Civil Veterinary Department Bihar & Orissa reports 1929-36 - 1929-1936
Year: 1929
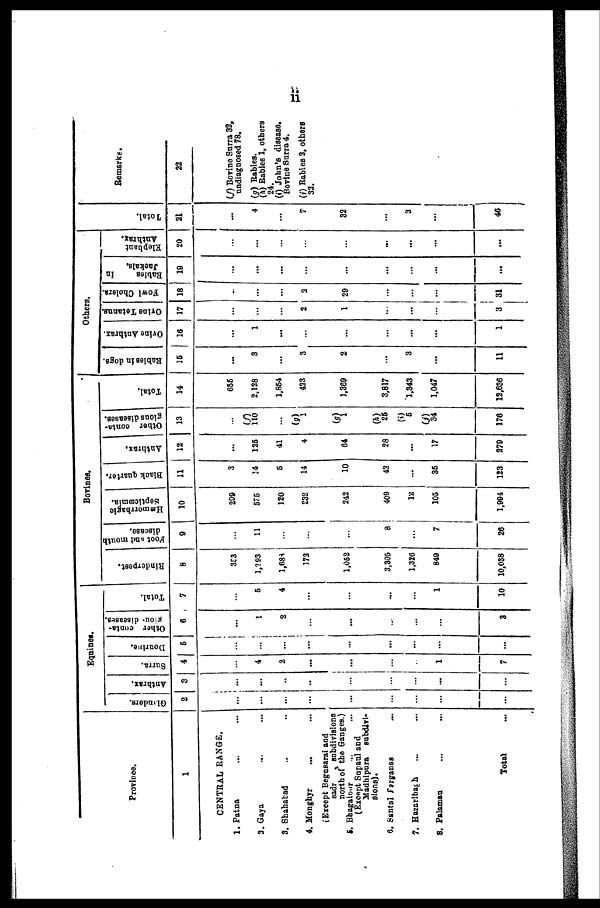
ii
Province.
1
CENTRAL RANGE.
1. Patna ... ...
2. Gaya ... ...
3. Shahabad ... ...
4. Monghyr ... ...
(Except Begusarai and
sadr subdivisions
north of the Ganges.)
5. Bhagalpur ... ...
(Escept Supaul and
Madhipura subdivi-
sions).
6. Santal Farganas ...
7. Hazaribagh ... ...
8. Palamau ... ...
Total ...
Equines.
Gladers.
2
...
...
...
...
...
...
...
...
...
Anthrax.
3
...
...
...
...
...
...
...
...
...
Surra.
4
...
...
2
...
...
...
...
1
7
Dourine.
5
...
...
...
...
...
...
...
...
...
Other conta-
gious- diseases.
6
...
...
2
...
...
...
...
...
3
Total.
7
...
...
4
...
...
...
...
1
10
Bovines.
Rinderpest.
8
...
...
1,688
172
1,052
3,305
1,326
840
10,038
Foot and mouth
disease.
9
...
11
...
...
...
8
...
7
26
Hæmorrhagic
Septicæmia.
10
299
575
120
232
242
400
12
105
1,904
Black quarter.
11
3
14
5
14
10
42
...
35
123
Anthrax.
12
...
125
41
4
64
28
...
17
279
Other conta-
gious diseases.
13
...
(f)
110
...
(g)
1
(g)
1
(h)
25
(i)
5
(j)
34
176
Total.
14
655
2,128
1,854
423
1,369
3,817
1,343
1,047
12,636
Others.
Babies in dogs.
15
...
3
...
3
2
...
3
...
11
Ovine Anthrax.
16
...
1
...
...
...
...
...
...
1
Ovine Tetanus.
17
...
...
...
2
1
...
...
...
3
fowl Cholera.
18
...
...
...
2
29
...
...
...
31
Babies
in
Jackals.
19
...
...
...
...
...
...
...
...
...
Elephant
Anthrax.
20
...
...
...
...
...
...
...
...
...
Total.
21
...
4
...
7
32
...
3
...
46
Remarks.
22
(f) Bovine Surra 32,
undiagnosed 78.
(g) Rabies.
(h) Babies 1, others
24.
(i) John's disease.
Bovine Surra 4.
(j) Rabies 2, others
32.